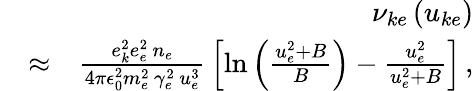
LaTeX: \begin{array}{rlr}&{}&{\nu_{ke}\left(u_{ke}\right)}\\ &{\approx}&{\frac{e_{k}^{2}e_{e}^{2}\, n_{e}}{4\pi\epsilon_{0}^{2}m_{e}^{2}\, \gamma_{e}^{2}\, u_{e}^{3}}\, \left[\ln\left(\frac{u_{e}^{2}+B}{B}\right)-\frac{u_{e}^{2}}{u_{e}^{2}+B}\right]\, ,}\end{array}